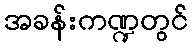
အခန်းကဏ္ဍတွင်